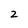
Character: 2